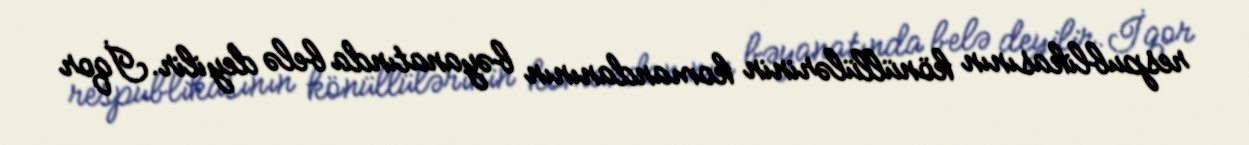
respublikasının könüllülərinin komandanının bəyanatında belə deyilir.İqor